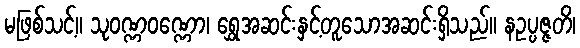
မဖြစ်သင့်။ သုဝဏ္ဏဝဏ္ဏော၊ ရွှေအဆင်းနှင့်တူသောအဆင်းရှိသည်။ နဥပ္ပဇ္ဇတိ၊